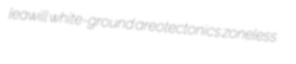
leawill white-ground areotectonics zoneless